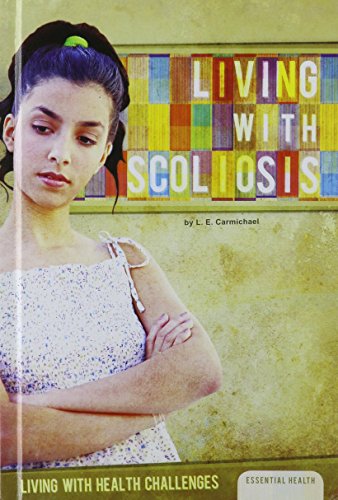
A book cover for Living With Scoliosis (Living With Health Challenges); L. E. Carmichael; Teen & Young Adult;